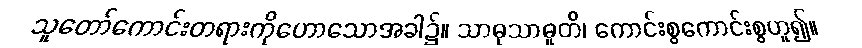
သူတော်ကောင်းတရားကိုဟောသောအခါ၌။ သာဓုသာဓူတိ၊ ကောင်းစွကောင်းစွဟူ၍။